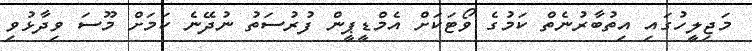
މަޖިލީހުގައި އިތުބާރުނެތް ކަމުގެ ވޯޓަކަށް އެމްޑީޕީން ފުރުސަތު ނުދޭނެ ކަމަށް މޫސަ ވިދާޅުވި